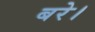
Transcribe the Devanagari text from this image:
बरे।